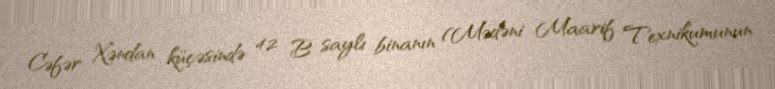
Cəfər Xəndan küçəsində 42 B saylı binanın (Mədəni Maarif Texnikumunun